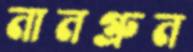
নানগ্রুন